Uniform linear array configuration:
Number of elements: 48
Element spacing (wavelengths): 0.25
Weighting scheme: kaiser
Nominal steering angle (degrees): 15
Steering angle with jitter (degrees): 16.2
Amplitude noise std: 0.05
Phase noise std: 0.05

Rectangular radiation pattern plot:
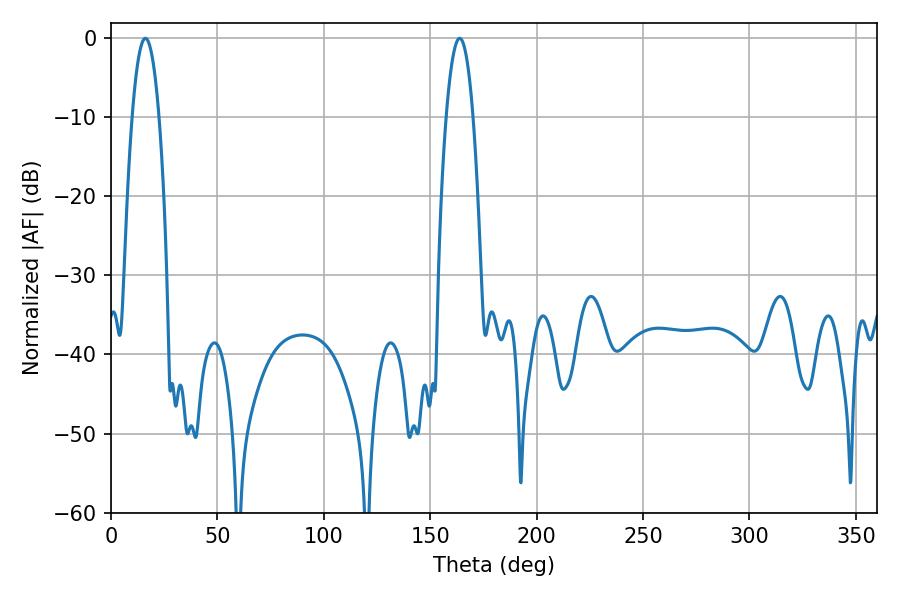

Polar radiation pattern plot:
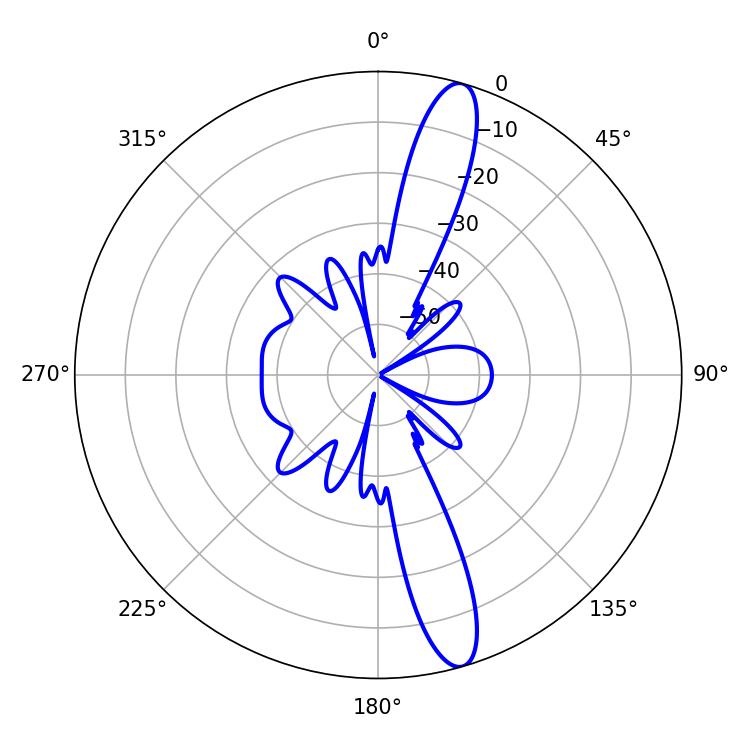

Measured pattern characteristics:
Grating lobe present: FALSE
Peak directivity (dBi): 14.398
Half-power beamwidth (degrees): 6.84
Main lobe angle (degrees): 16.2